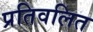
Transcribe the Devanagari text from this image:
प्रतिवलित